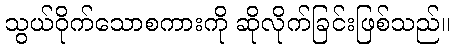
သွယ်ဝိုက်သောစကားကို ဆိုလိုက်ခြင်းဖြစ်သည်။